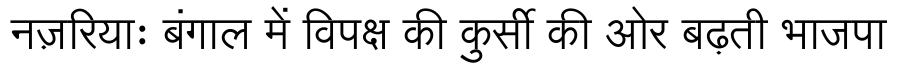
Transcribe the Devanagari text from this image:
नज़रियाः बंगाल में विपक्ष की कुर्सी की ओर बढ़ती भाजपा